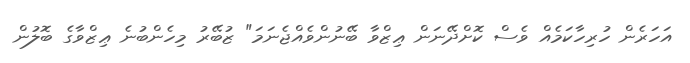
އަހަރެން ހުރިހާކަމެއް ވެސް ކޮށްދޭނަން ޢިޒްވާ ބޭނުންވެއްޖެނަމަ" ޒުބޭރު މިހެންބުނެ ޢިޒްވާގެ ބޮލުން